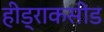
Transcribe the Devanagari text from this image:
हीड्राकसीड